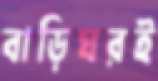
বাড়িঘরই